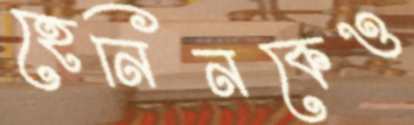
হেনিনকেও